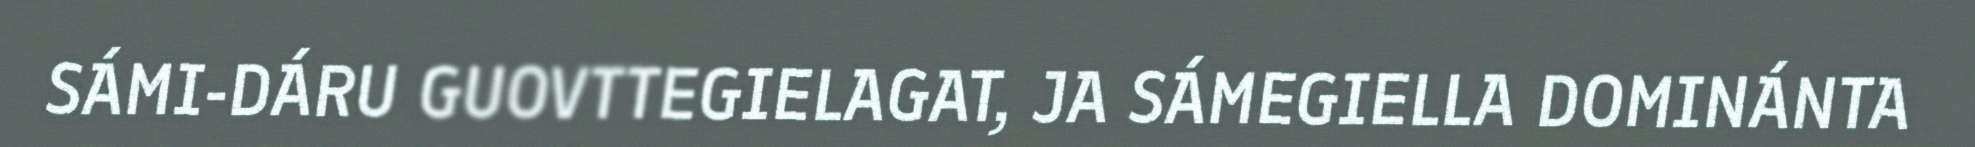
SÁMI-DÁRU GUOVTTEGIELAGAT, JA SÁMEGIELLA DOMINÁNTA